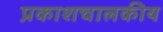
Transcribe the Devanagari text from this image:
प्रकाशचालकीय